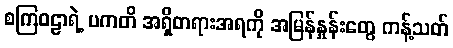
စကြဝဠာရဲ့ ပကတိ အရှိတရားအရကို အမြန်နှုန်းတွေ ကန့်သတ်